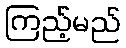
ကြည့်မည်